Subject: cs
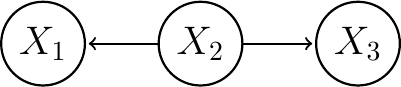
LaTeX code:
\begin{tikzpicture}[->,shorten >=1pt,auto,node distance=2cm, thick,main node/.style={circle,draw,font=\sffamily\Large\bfseries}]

 \node[main node] (X2) {$X_2$}; \node[main node] (X3) [right of=X2] {$X_3$};\node[main node] (X1) [left of=X2] {$X_1$};

\path (X2) edge (X1);
\path (X2) edge (X3);

\end{tikzpicture}